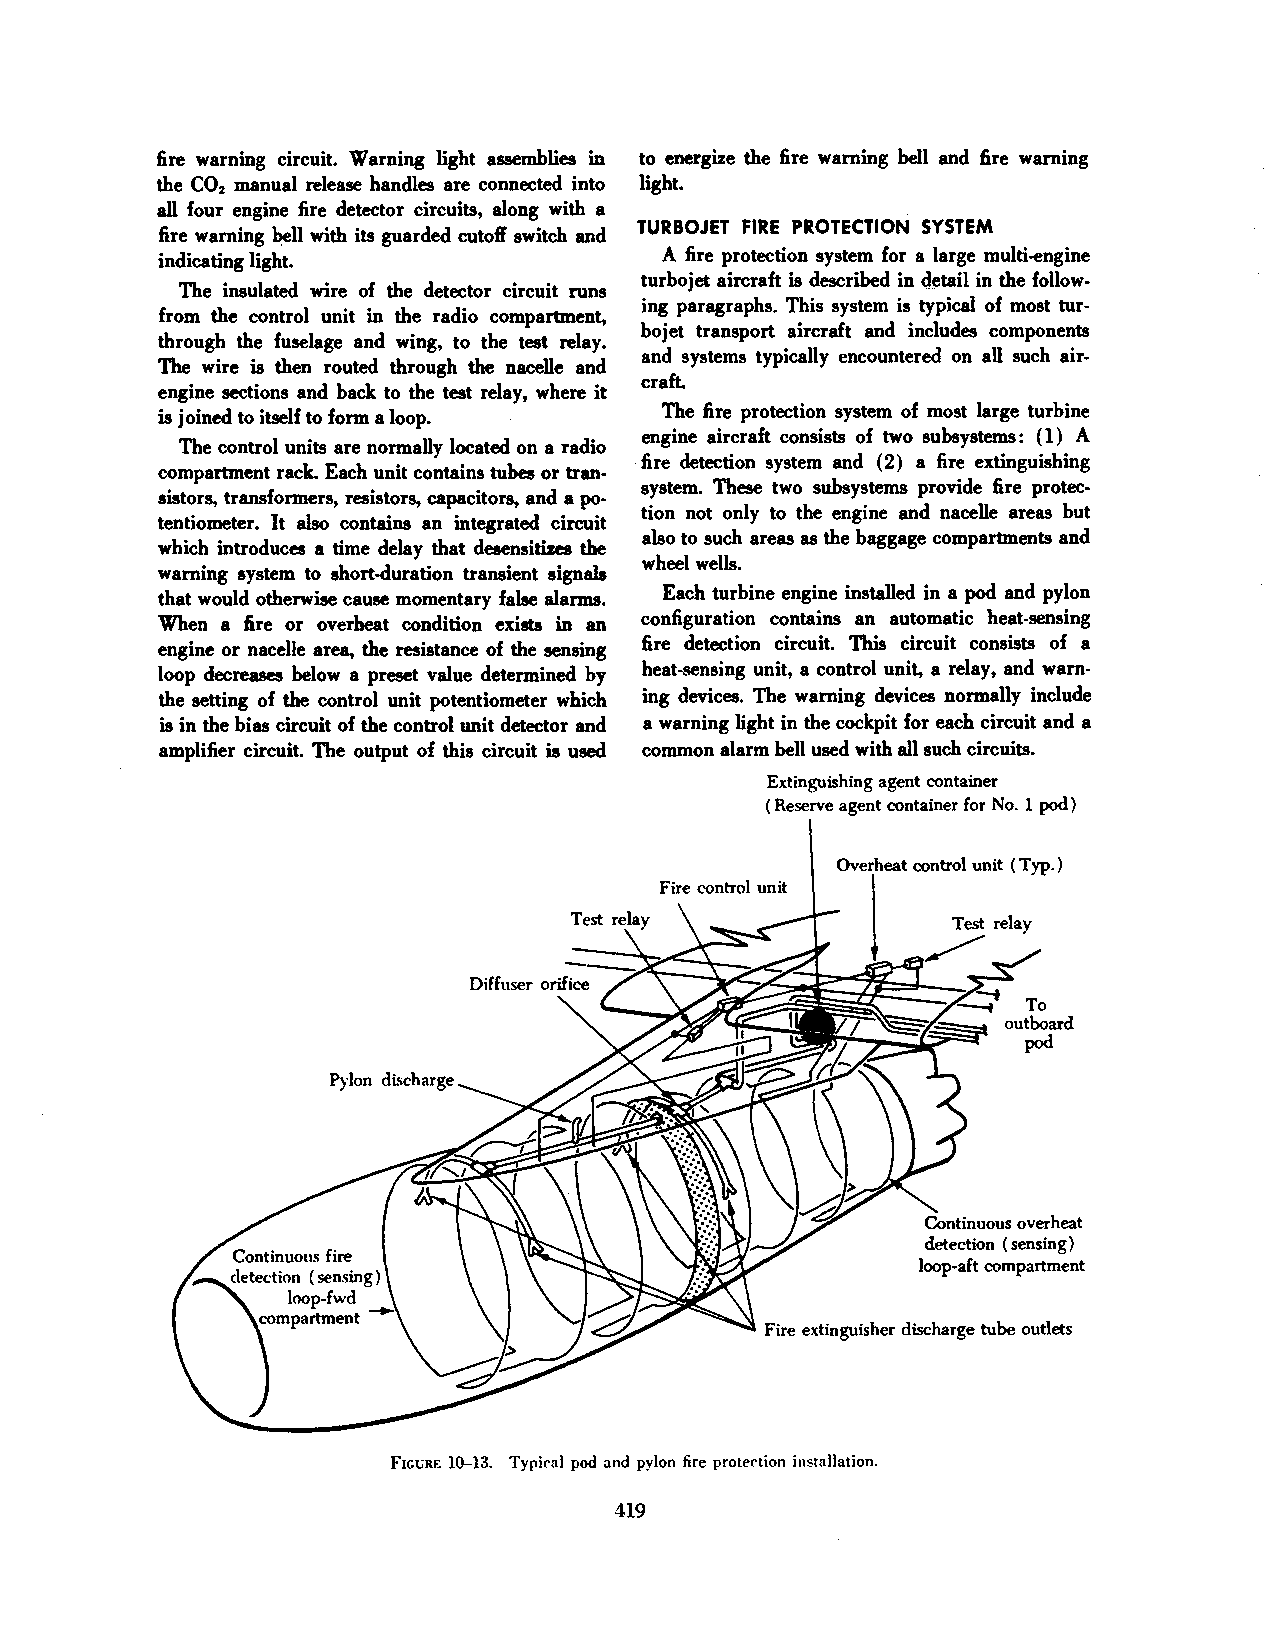
fire warning circuit. Warning light assemblies in to energize the fire warning bell and fire warning
 the C0 manual release handles are connected into light.
 2
 all four engine fire detector circuits, along with a
 TURBOJET FIRE PROTECTION SYSTEM
 fire warning bell with its guarded cutoff switch and
 indicating light.                A fire protection system for a large multi-engine
 The insulated wire of the detector circuit runs turbojet aircraft is described in d~tail in the follow
 ing paragraphs. This system is typical of most tur
 from the control unit in the radio compartment,
 bojet transport aircraft and includes components
 through the fuselage and wing, to the test relay.
 and systems typically encountered on all such air
 The wire is then routed through the nacelle and
 craft.
 engine sections and back to the test relay, where it
 is joined to itself to form a loop. The fire protection system of most large turbine
 engine aircraft consists of two subsystems: ( 1) A
 The control units are normally located on a radio
 fire detection system and (2) a fire extinguishing
 compartment rack. Each unit contains tubes or tran·
 system. These two subsystems provide fire protec
 sistors, transformers, resistors, capacitors, and a po·
 tion not only to the engine and nacelle areas but
 tentiometer. It also contains an integrated circuit
 also to such areas as the baggage compartments and
 which introduces a time delay that desensitizes the
 wheel wells.
 warning system to short-duration transient signals
 that would otherwise cause momentary false alarms. Each turbine engine installed in a pod and pylon
 When a fire or overheat condition exists in an configuration contains an automatic heat-sensing
 fire detection circuit. This circuit consists of a
 engine or nacelle area, the resistance of the sensing
 loop decreases below a preset value determined by heat-sensing unit, a control unit, a relay, and warn
 the setting of the control unit potentiometer which ing devices. The warning devices normally include
 is in the bias circuit of the control unit detector and a warning light in the cockpit for each circuit and a
 amplifier circuit. The output of this circuit is used common alarm bell used with all such circuits.
 Extinguishing agent container
 (Reserve agent container for No. 1 pod)
 Overheat control unit ( Typ. )
 Fire control unit
 Continuous overheat
 detection ( sensing)
 loop-aft compartment
 Fire extinguisher discharge tube outlets
 FICt;RE 10-13. Typical pod and pylon fire protec-tion installation.
 419